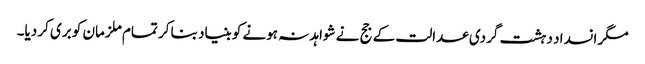
مگر انسداد دہشت گردی عدالت کے جج نے شواہد نہ ہونے کو بنیاد بنا کر تمام ملزمان کو بری کر دیا۔